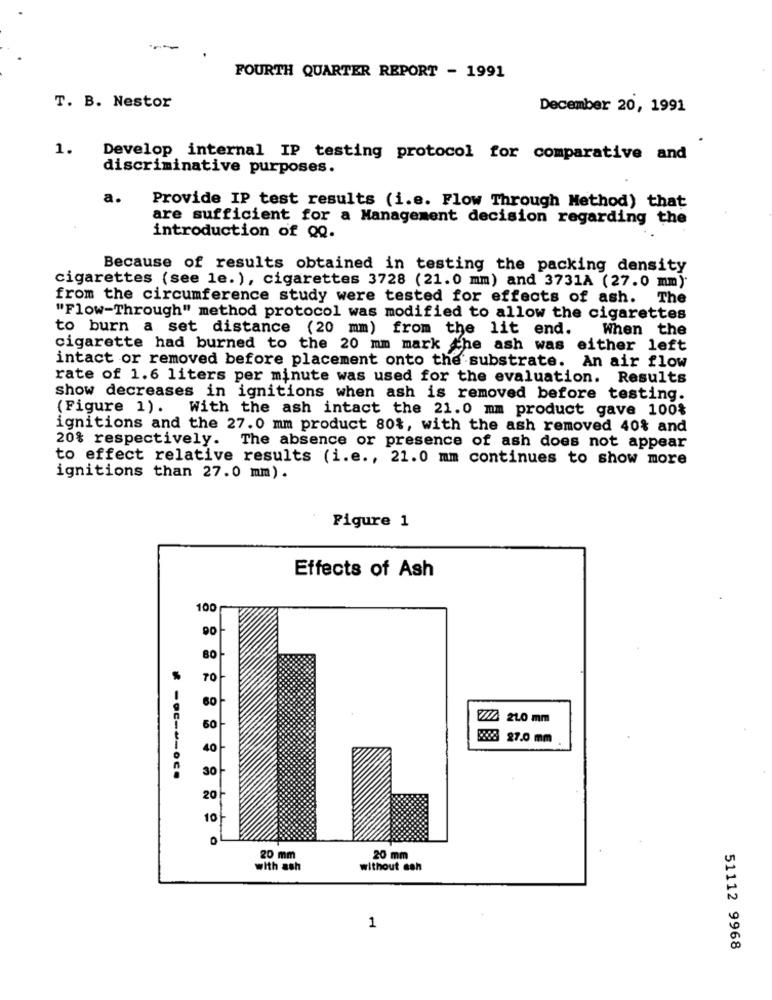
FOURTH QUARTER REPORT - 1991
T. B. Nestor
December 20, 1991
1.
Develop internal IP testing protocol for comparative and
discriminative purposes.
a.
Provide IP test results (i.e. Flow Through Method) that
are sufficient for a Management decision regarding the
introduction of QQ.
Because of results obtained in testing the packing density
cigarettes (see le. ), cigarettes 3728 (21.0 mm) and 3731A (27.0 mm)
from the circumference study were tested for effects of ash. The
"Flow-Through" method protocol was modified to allow the cigarettes
to burn a set distance (20 mm) from the lit end.
When the
cigarette had burned to the 20 mm mark the ash was either left
intact or removed before placement onto the substrate. An air flow
rate of 1.6 liters per minute was used for the evaluation. Results
show decreases in ignitions when ash is removed before testing.
(Figure 1). With the ash intact the 21.0 mm product gave 100%
ignitions and the 27. 0 mm product 80%, with the ash removed 40% and
20% respectively. The absence or presence of ash does not appear
to effect relative results (i.e ., 21.0 mm continues to show more
ignitions than 27.0 mm).
Figure 1
Effects of Ash
100
80
70
/// 210 mm
60
863 27.0 mm
40
30
20
10
20 mm
20 mm
with ash
without ash
1
51112 9968